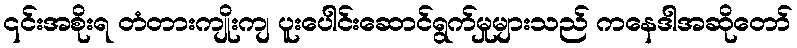
၎င်းအစိုးရ တံတားကျိုးကျ ပူးပေါင်းဆောင်ရွက်မှုများသည် ကနေဒါအဆိုတော်